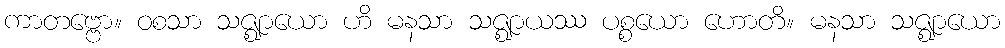
ကာတဗ္ဗော။ ဝစသာ သဇ္ဈာယော ဟိ မနသာ သဇ္ဈာယဿ ပစ္စယော ဟောတိ။ မနသာ သဇ္ဈာယော